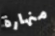
منهارة